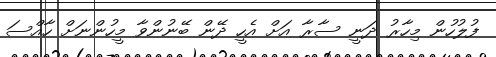
ފުލުހުން މިހާރު ދަނީ ސާރާ އަށް އެހީ ދޭން ބޭނުންވާ މީހުންނަށް ހާއްސަ